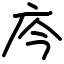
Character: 庈